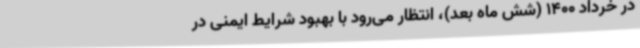
در خرداد 1400 (شش ماه بعد)، انتظار می‌رود با بهبود شرایط ایمنی در